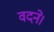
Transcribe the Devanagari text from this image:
वदने।